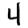
Digit: 4